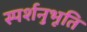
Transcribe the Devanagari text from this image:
स्पर्शनुभूति